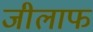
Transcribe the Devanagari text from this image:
जीलाफ